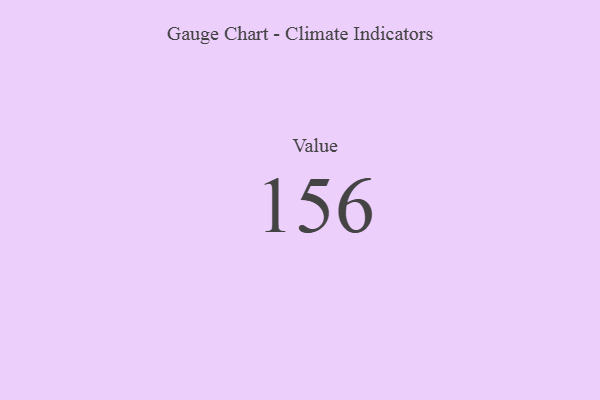
{"axis": {"x": "Metric", "y": "Value"}, "legend": [""], "data": [{"x": "Value", "y": 156, "type": ""}]}